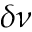
\delta \nu